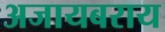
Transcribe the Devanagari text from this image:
अजायबराय